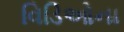
વિડિઓના